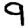
Digit: 9